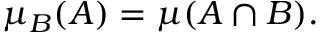
\mu _ { B } ( A ) = \mu ( A \cap B ) .